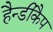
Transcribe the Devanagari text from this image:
हैन्डीकैप